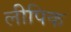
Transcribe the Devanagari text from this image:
लीपिक